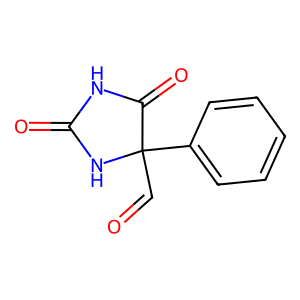
SMILES: O=CC1(c2ccccc2)NC(=O)NC1=O
Inhibits HIV replication: No